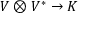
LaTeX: V \otimes V ^ { * } \to K